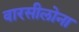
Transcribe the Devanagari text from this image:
वारसीलोना